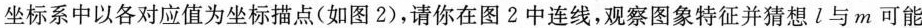
坐标系中以各对应值为坐标描点(如图2)，请你在图2中连线，观察图象特征并猜想l与m可能